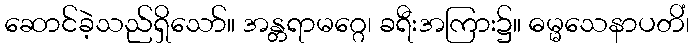
ဆောင်ခဲ့သည်ရှိသော်။ အန္တရာမဂ္ဂေ၊ ခရီးအကြား၌။ ဓမ္မသေနာပတိံ၊